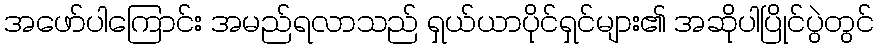
အဖော်ပါကြောင်း အမည်ရလာသည် ရှယ်ယာပိုင်ရှင်များ၏ အဆိုပါပြိုင်ပွဲတွင်